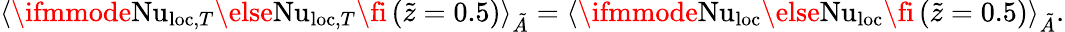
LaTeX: \langle\ifmmode\mathrm{Nu}_{\textrm{loc},T}\else\mathrm{Nu}_{\textrm{loc},T}\fi\left(\tilde{z}=0.5\right)\rangle_{\tilde{A}}=\langle\ifmmode\mathrm{Nu}_{\textrm{loc}}\else\mathrm{Nu}_{\textrm{loc}}\fi\left(\tilde{z}=0.5\right)\rangle_{\tilde{A}}.